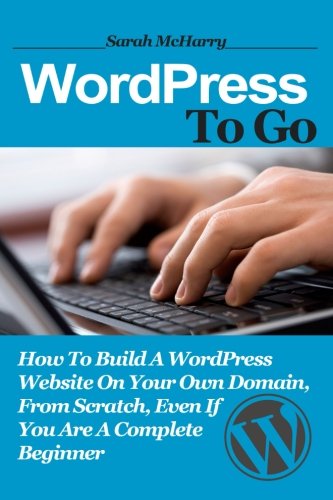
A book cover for WordPress To Go: How To Build A WordPress Website On Your Own Domain, From Scratch, Even If You Are A Complete Beginner; Sarah McHarry; Computers & Technology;